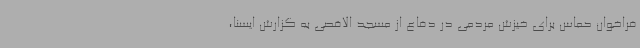
فراخوان حماس برای خیزش مردمی در دفاع از مسجد الاقصی به گزارش ایسنا،